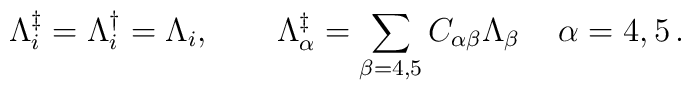
\Lambda_i^{\ddagger} = \Lambda_i^{\dagger} = \Lambda_i,\quad \quad\Lambda_\alpha ^{\ddagger} = \sum_{\beta = 4,5}C_{\alpha \beta} \Lambda_\beta \, \quad \alpha = 4,5 \,.